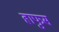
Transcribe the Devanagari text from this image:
हाफुस